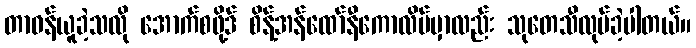
တာဝန်ယူခဲ့သလို အောက်စဖို့ဒ် စိန့်အန်ထော်နီကောလိပ်မှာလည်း သုတေသီလုပ်ခဲ့ပါတယ်။